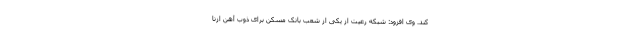
کند. وی افزود: شبکه رعیت از یکی از شعب بانک مسکن برای ذوب آهن ازنا